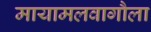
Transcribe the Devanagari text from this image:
मायामलवागौला